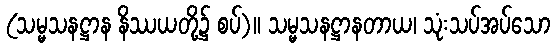
(သမ္မသနဋ္ဌာန နိဿယတို့၌ စပ်)။ သမ္မသနဋ္ဌာနတာယ၊ သုံးသပ်အပ်သော